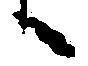
候